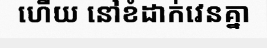
ហើយ នៅខំដាក់វេនគ្នា